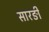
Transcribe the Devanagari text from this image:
सारङी